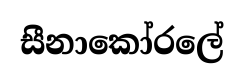
සීනාකෝරලේ